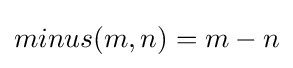
minus(m,n)=m-n